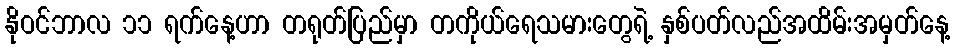
နိုဝင်ဘာလ ၁၁ ရက်နေ့ဟာ တရုတ်ပြည်မှာ တကိုယ်ရေသမားတွေရဲ့ နှစ်ပတ်လည်အထိမ်းအမှတ်နေ့